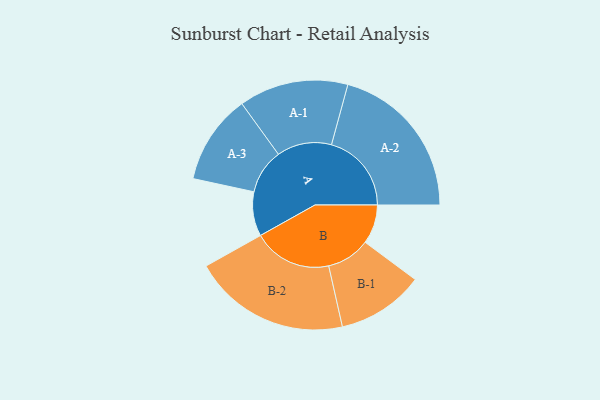
{"axis": {"x": "Segment", "y": "Value"}, "legend": ["", "A", "B"], "data": [{"x": "A", "y": 163, "type": ""}, {"x": "B", "y": 144, "type": ""}, {"x": "A-1", "y": 201, "type": "A"}, {"x": "A-2", "y": 294, "type": "A"}, {"x": "A-3", "y": 165, "type": "A"}, {"x": "B-1", "y": 160, "type": "B"}, {"x": "B-2", "y": 289, "type": "B"}]}